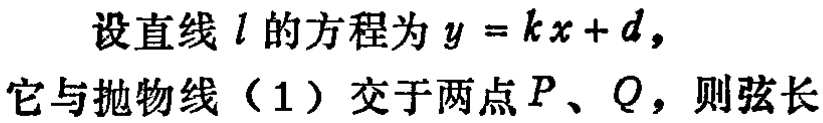
设直线\(l\)的方程为\(y = kx + d\)，
它与抛物线（1）交于两点\(P\)、\(Q\)，则弦长